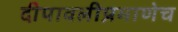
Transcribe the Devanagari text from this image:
दीपावलीप्रमाणेच